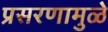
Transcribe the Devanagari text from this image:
प्रसरणामुळे